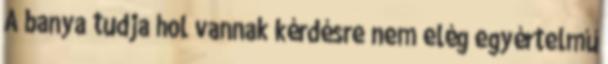
A banya tudja hol vannak kérdésre nem elég egyértelmű